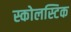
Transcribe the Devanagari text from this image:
स्कोलस्टिक